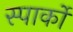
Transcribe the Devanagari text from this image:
स्पार्को